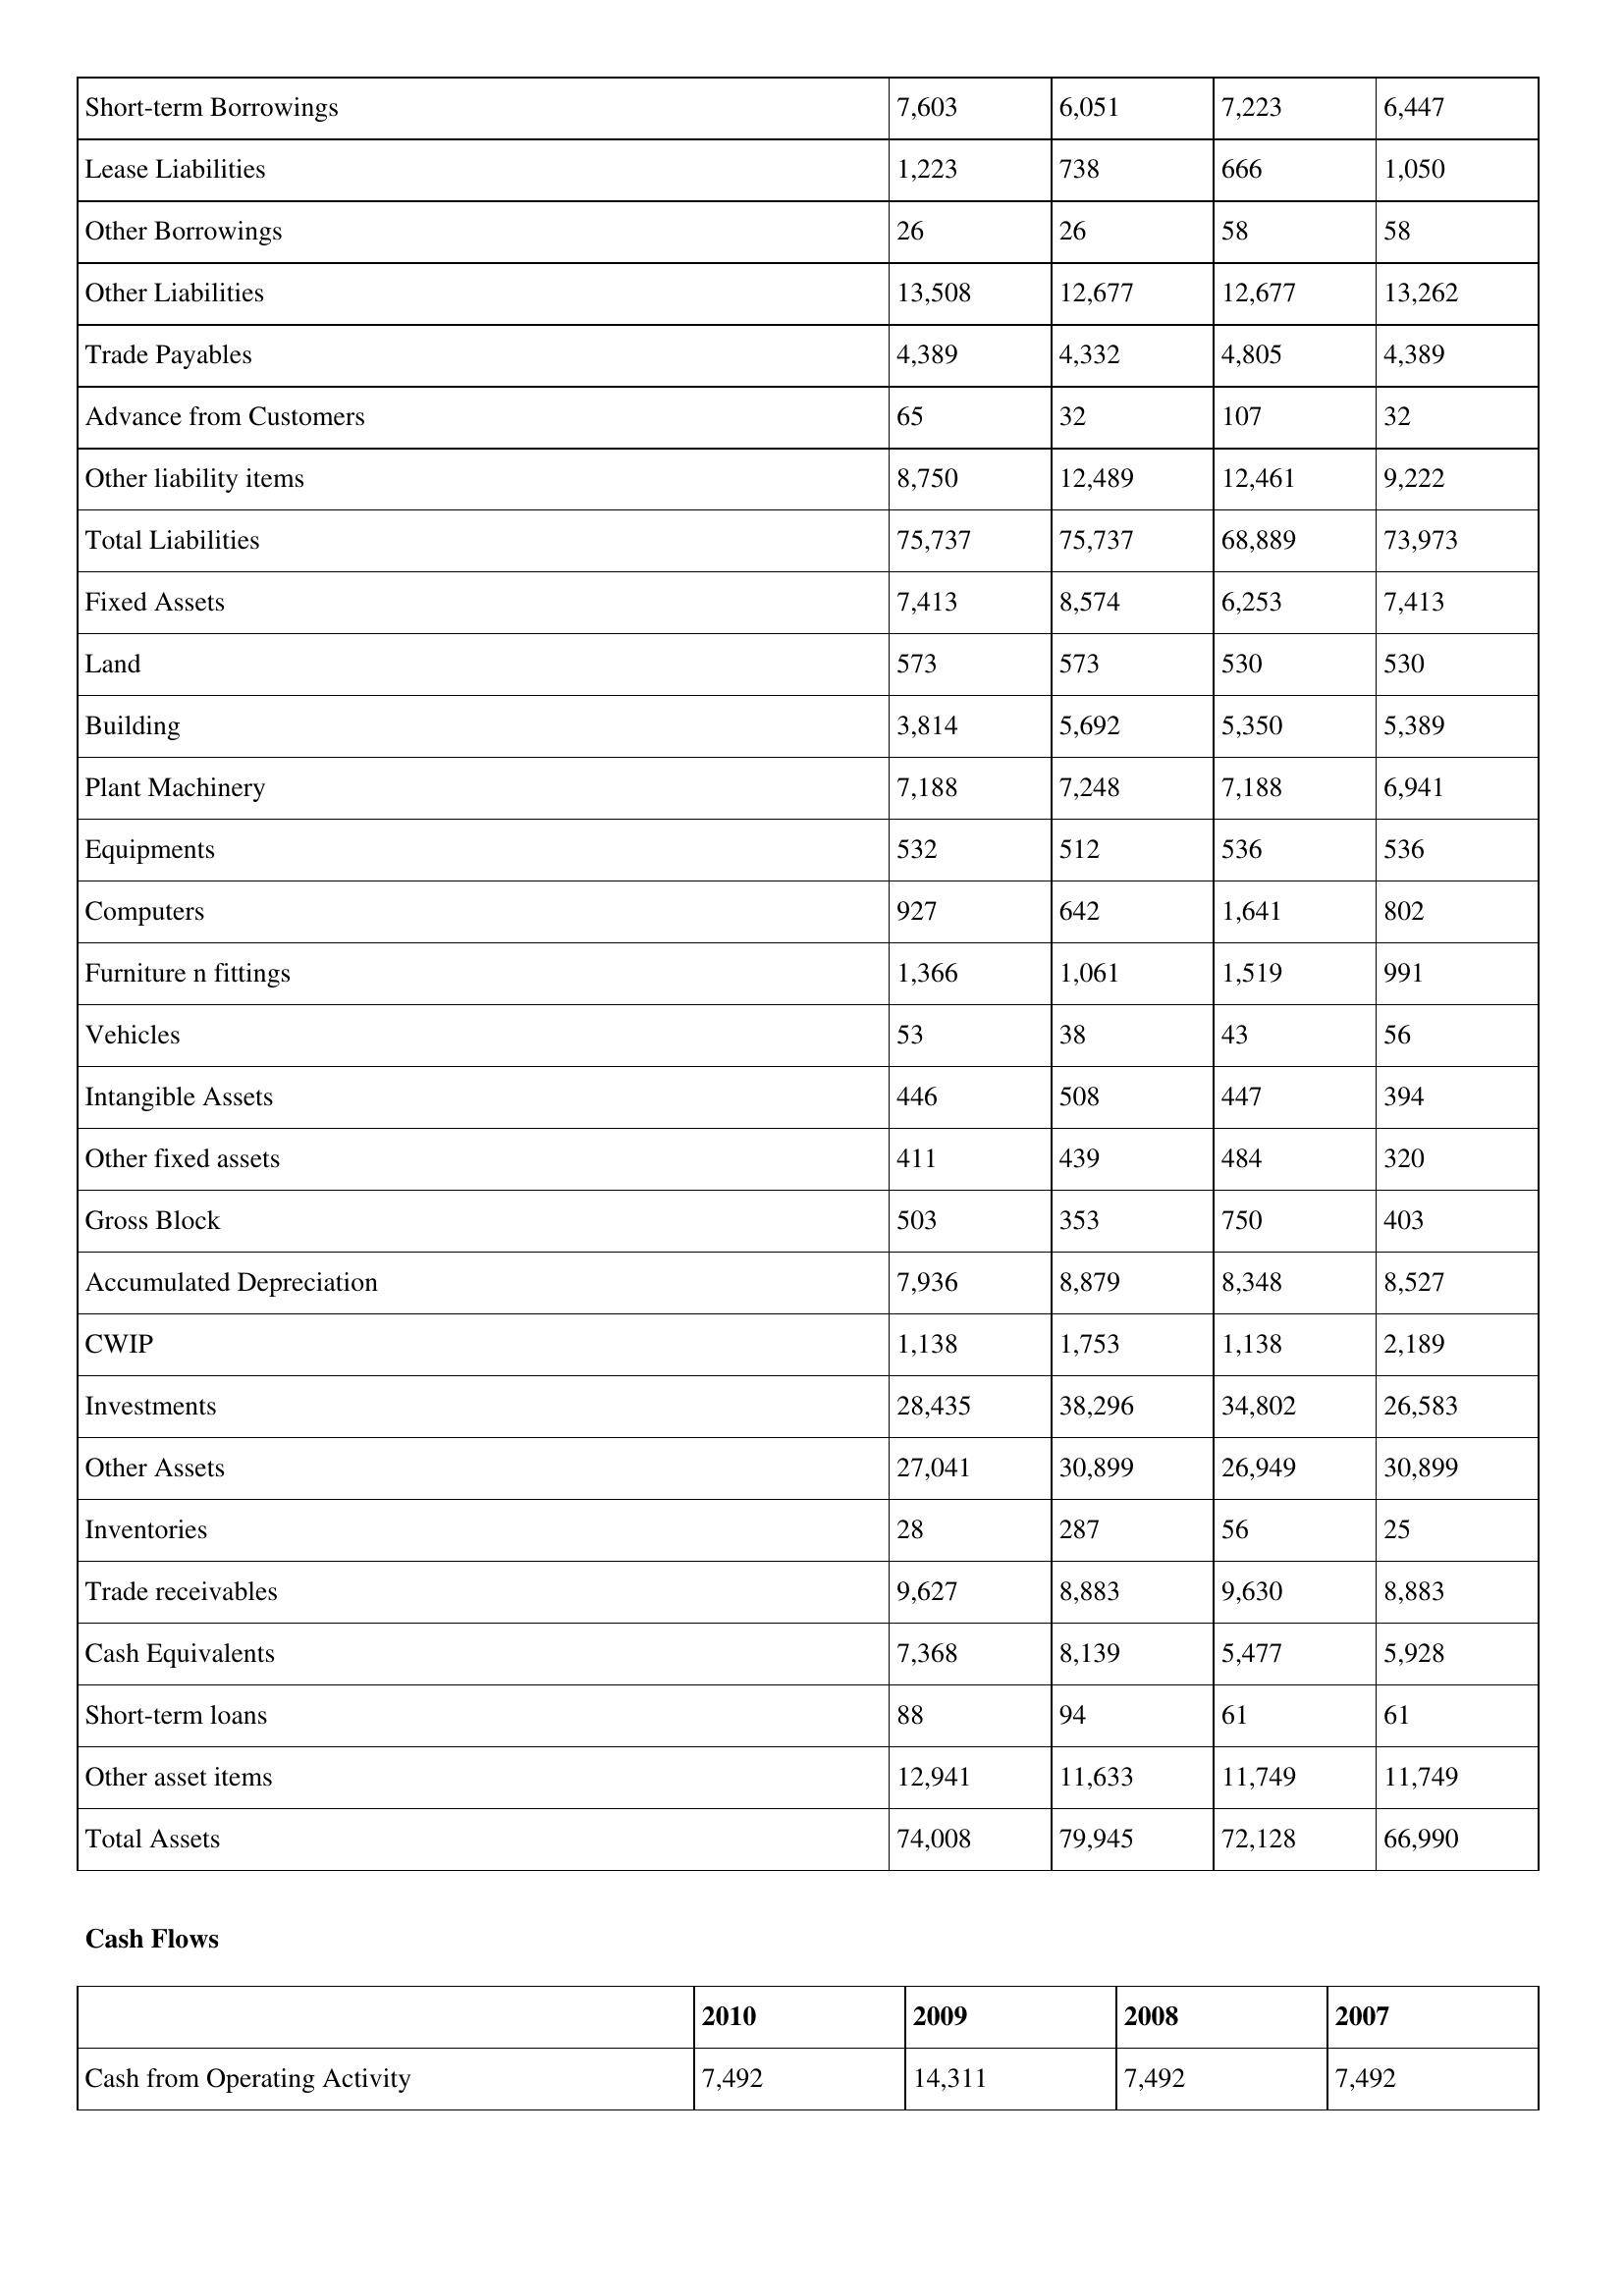
gt_parse: 2010: Balance Sheet: Short-term Borrowings: 7,603
Lease Liabilities: 1,223
Other Borrowings: 26
Other Liabilities: 13,508
Trade Payables: 4,389
Advance from Customers: 65
Other liability items: 8,750
Total Liabilities: 75,737
Fixed Assets: 7,413
Land: 573
Building: 3,814
Plant Machinery: 7,188
Equipments: 532
Computers: 927
Furniture n fittings: 1,366
Vehicles: 53
Intangible Assets: 446
Other fixed assets: 411
Gross Block: 503
Accumulated Depreciation: 7,936
CWIP: 1,138
Investments: 28,435
Other Assets: 27,041
Inventories: 28
Trade receivables: 9,627
Cash Equivalents: 7,368
Short-term loans: 88
Other asset items: 12,941
Total Assets: 74,008
Cash Flows: Cash from Operating Activity: 7,492
2009: Balance Sheet: Short-term Borrowings: 6,051
Lease Liabilities: 738
Other Borrowings: 26
Other Liabilities: 12,677
Trade Payables: 4,332
Advance from Customers: 32
Other liability items: 12,489
Total Liabilities: 75,737
Fixed Assets: 8,574
Land: 573
Building: 5,692
Plant Machinery: 7,248
Equipments: 512
Computers: 642
Furniture n fittings: 1,061
Vehicles: 38
Intangible Assets: 508
Other fixed assets: 439
Gross Block: 353
Accumulated Depreciation: 8,879
CWIP: 1,753
Investments: 38,296
Other Assets: 30,899
Inventories: 287
Trade receivables: 8,883
Cash Equivalents: 8,139
Short-term loans: 94
Other asset items: 11,633
Total Assets: 79,945
Cash Flows: Cash from Operating Activity: 14,311
2008: Balance Sheet: Short-term Borrowings: 7,223
Lease Liabilities: 666
Other Borrowings: 58
Other Liabilities: 12,677
Trade Payables: 4,805
Advance from Customers: 107
Other liability items: 12,461
Total Liabilities: 68,889
Fixed Assets: 6,253
Land: 530
Building: 5,350
Plant Machinery: 7,188
Equipments: 536
Computers: 1,641
Furniture n fittings: 1,519
Vehicles: 43
Intangible Assets: 447
Other fixed assets: 484
Gross Block: 750
Accumulated Depreciation: 8,348
CWIP: 1,138
Investments: 34,802
Other Assets: 26,949
Inventories: 56
Trade receivables: 9,630
Cash Equivalents: 5,477
Short-term loans: 61
Other asset items: 11,749
Total Assets: 72,128
Cash Flows: Cash from Operating Activity: 7,492
2007: Balance Sheet: Short-term Borrowings: 6,447
Lease Liabilities: 1,050
Other Borrowings: 58
Other Liabilities: 13,262
Trade Payables: 4,389
Advance from Customers: 32
Other liability items: 9,222
Total Liabilities: 73,973
Fixed Assets: 7,413
Land: 530
Building: 5,389
Plant Machinery: 6,941
Equipments: 536
Computers: 802
Furniture n fittings: 991
Vehicles: 56
Intangible Assets: 394
Other fixed assets: 320
Gross Block: 403
Accumulated Depreciation: 8,527
CWIP: 2,189
Investments: 26,583
Other Assets: 30,899
Inventories: 25
Trade receivables: 8,883
Cash Equivalents: 5,928
Short-term loans: 61
Other asset items: 11,749
Total Assets: 66,990
Cash Flows: Cash from Operating Activity: 7,492